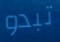
تبدو